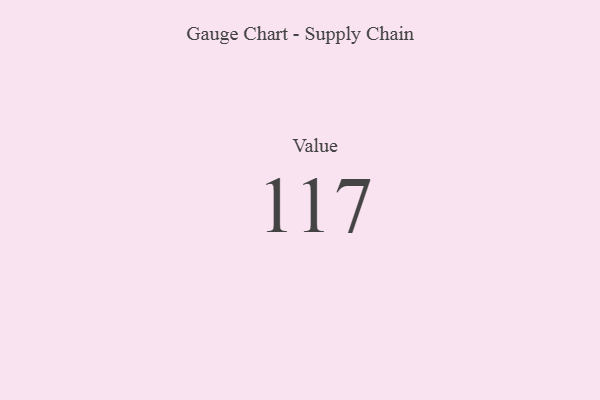
{"axis": {"x": "Metric", "y": "Value"}, "legend": [""], "data": [{"x": "Value", "y": 117, "type": ""}]}